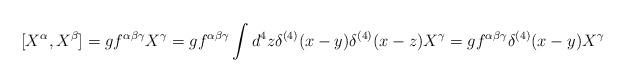
LaTeX: \begin{align*}[X^{\alpha },X^{\beta }]=gf^{\alpha \beta \gamma }X^{\gamma }=gf^{\alpha \beta \gamma }\int d^{4}z\delta ^{(4)}(x-y)\delta ^{(4)}(x-z)X^{\gamma }=gf^{\alpha \beta \gamma }\delta ^{(4)}(x-y)X^{\gamma }\end{align*}